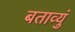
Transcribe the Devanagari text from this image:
बताव्युं